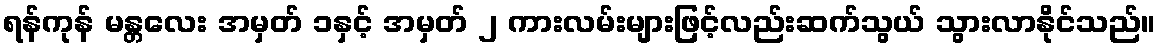
ရန်ကုန် မန္တလေး အမှတ် ၁နှင့် အမှတ် ၂ ကားလမ်းများဖြင့်လည်းဆက်သွယ် သွားလာနိုင်သည်။